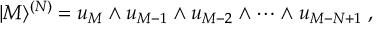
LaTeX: | M \rangle ^ { ( N ) } = u _ { M } \wedge u _ { M - 1 } \wedge u _ { M - 2 } \wedge \dots \wedge u _ { M - N + 1 } \; ,